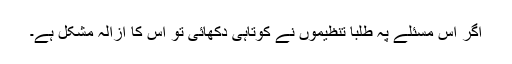
اگر اس مسئلے پہ طلبا تنظیموں نے کوتاہی دکھائی تو اس کا ازالہ مشکل ہے۔